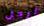
أرحل